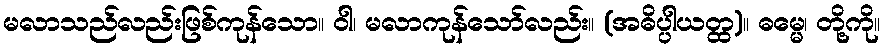
မလာသည်လည်းဖြစ်ကုန်သော။ ဝါ၊ မလာကုန်သော်လည်း။ (အဓိပ္ပါယတ္ထ)။ ဓမ္မေ၊ တို့ကို။